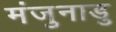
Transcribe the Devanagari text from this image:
मंजुनाडु